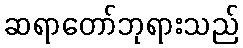
ဆရာတော်ဘုရားသည်